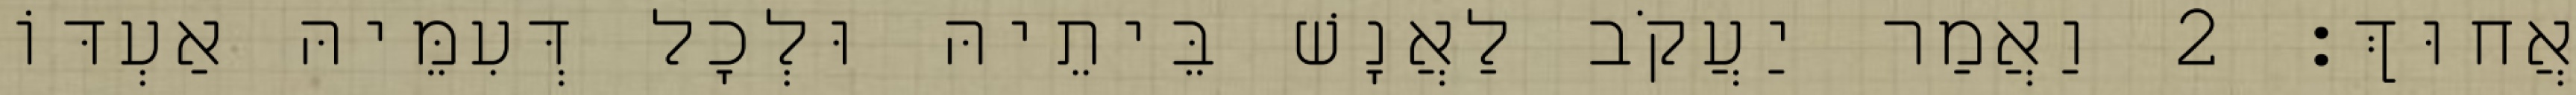
אֲחוּךְ׃ 2 וַאֲמַר יַעֲקֹב לַאֲנָשׁ בֵּיתֵיהּ וּלְכָל דְּעִמֵּיהּ אַעְדּוֹ